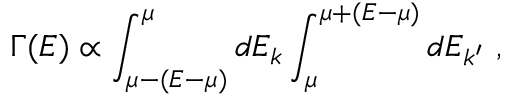
\Gamma ( E ) \propto \int _ { \mu - ( E - \mu ) } ^ { \mu } d E _ { k } \int _ { \mu } ^ { \mu + ( E - \mu ) } d E _ { k ^ { \prime } } \ ,